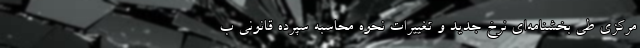
مرکزی طی بخشنامه‌ای نرخ جدید و تغییرات نحوه محاسبه سپرده قانونی ب